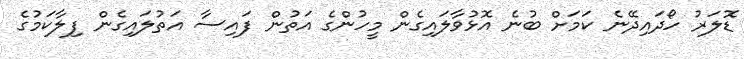
ޑޮލަރު ހޯދައިދޭނެ ކަމަށް ބުނެ އޮޅުވާލައިގެން މީހުންގެ އަތުން ފައިސާ އަތުލައިގެން ފިލާކަމުގެ